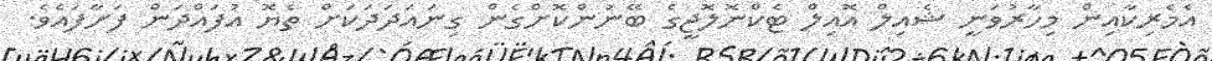
އެމެރިކާއިން މިހާރުވަނީ ޝެއިލް އޮއިލް ޓެކްނޮލޮޖީގެ ބޭނުންކޮށްގެން ގިނައަދަދަކަށް ތެޔޮ އުފައްދަން ފަށާފައެވެ.